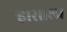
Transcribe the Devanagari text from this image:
ऱ्हासाला